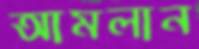
আমলান